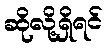
ဆိုလို့ရှိရင်